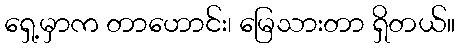
ရှေ့မှာက တာဟောင်း၊ မြေသားတာ ရှိတယ်။